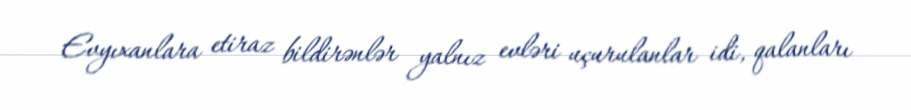
Evyıxanlara etiraz bildirənlər yalnız evləri uçurulanlar idi, qalanları